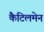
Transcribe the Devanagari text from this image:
कैटिलमेन